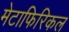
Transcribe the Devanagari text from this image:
मेटाफिरिकल